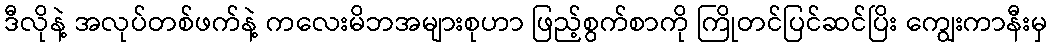
ဒီလိုနဲ့ အလုပ်တစ်ဖက်နဲ့ ကလေးမိဘအများစုဟာ ဖြည့်စွက်စာကို ကြိုတင်ပြင်ဆင်ပြိး ကျွေးကာနီးမှ